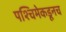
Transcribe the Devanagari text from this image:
पश्चिमेकडूनच